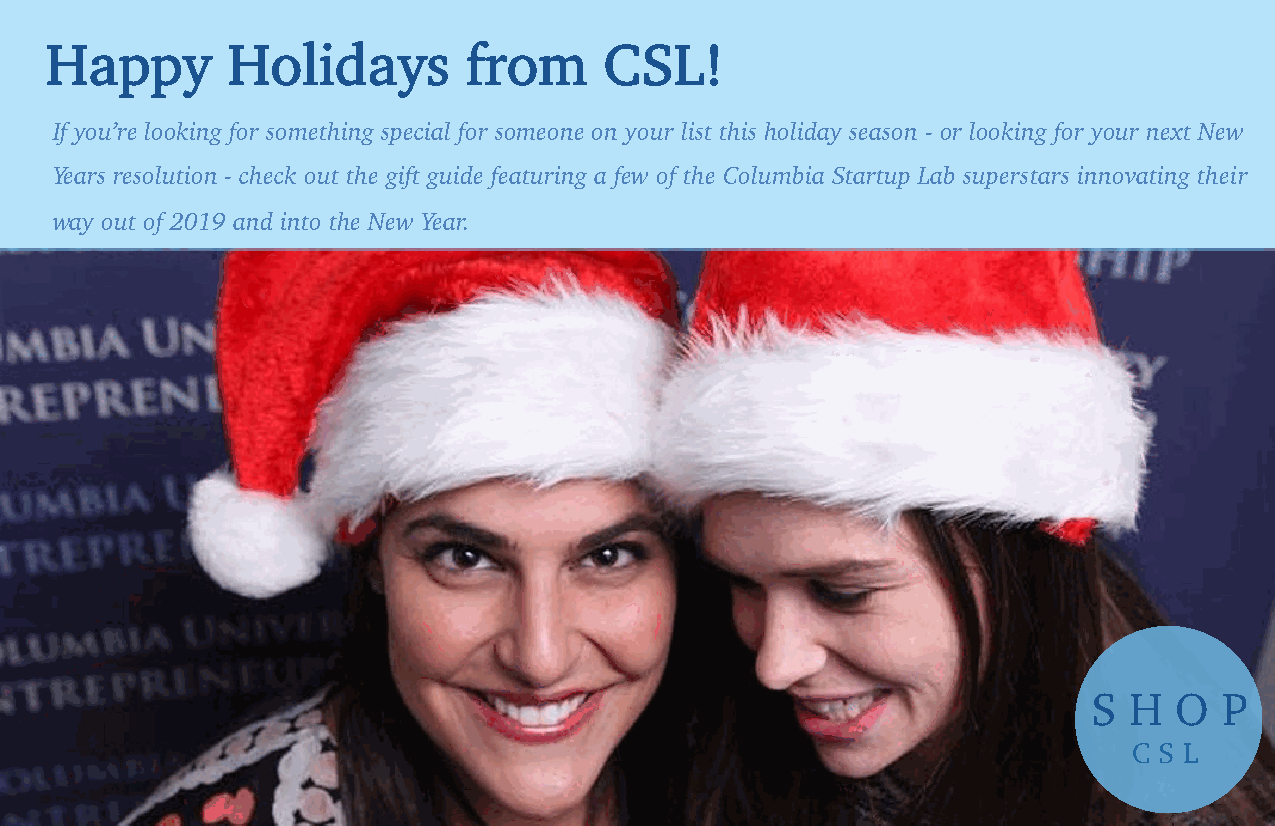
Happy       Holidays        from     CSL!
 Happy        Holidays          from       CSL!
 If you’re looking for something special for someone on your list this holiday season - or looking for your next New
 Years resolution - check out the gift guide featuring a few of the Columbia Startup Lab superstars innovating their
 way out of 2019 and into the New Year.
 S  H  O  P
 C S L